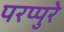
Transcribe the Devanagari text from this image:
परप्पुरे